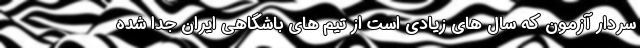
سردار آزمون که سال های زیادی است از تیم های باشگاهی ایران جدا شده